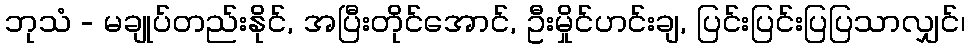
ဘုသံ - မချုပ်တည်းနိုင်, အပြီးတိုင်အောင်, ဦးမှိုင်ဟင်းချ, ပြင်းပြင်းပြပြသာလျှင်၊